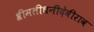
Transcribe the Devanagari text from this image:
श्रीमतीधनीदेवीराव